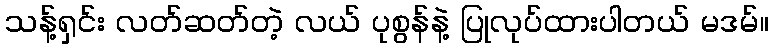
သန့်ရှင်း လတ်ဆတ်တဲ့ လယ် ပုစွန်နဲ့ ပြုလုပ်ထားပါတယ် မဒမ်။